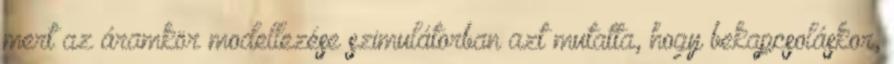
mert az áramkör modellezése szimulátorban azt mutatta, hogy bekapcsoláskor,